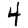
Digit: 4